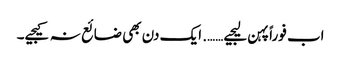
اب فوراً پہن لیجیے……. ایک دن بھی ضائع نہ کیجیے۔